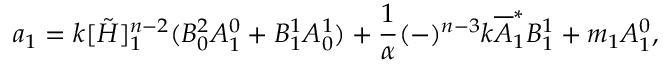
a _ { 1 } = k [ \tilde { H } ] _ { 1 } ^ { n - 2 } ( B _ { 0 } ^ { 2 } A _ { 1 } ^ { 0 } + B _ { 1 } ^ { 1 } A _ { 0 } ^ { 1 } ) + \frac { 1 } { \alpha } ( - ) ^ { n - 3 } k { \overline { { A } } } _ { 1 } ^ { * } B _ { 1 } ^ { 1 } + m _ { 1 } A _ { 1 } ^ { 0 } ,